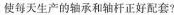
使每天生产的轴承和轴杆正好配套?